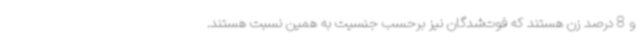
و 8 درصد زن هستند که فوت‌شدگان نیز برحسب جنسیت به همین نسبت هستند.